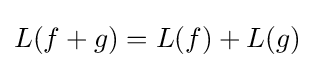
L(f+g)=L(f)+L(g)